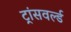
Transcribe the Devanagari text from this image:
ट्रांसवर्ल्ड